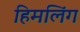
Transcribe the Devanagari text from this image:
हिमलिंग